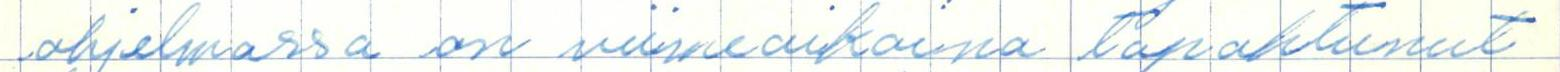
ohjelmassa on viimeaikoina tapahtunut